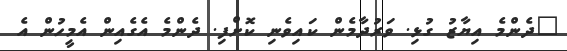
"ދެންމެ އިޔާޒު ގުޅި. ވަރުދާމެން ކައިވެނި ކޮށްފި. ދެންމެ އެގެއިން އެމީހުން އެ